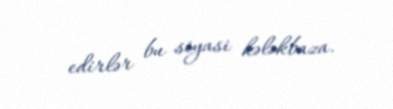
edirlər bu siyasi kələkbaza.